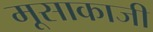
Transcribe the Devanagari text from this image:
मूसाकाजी